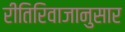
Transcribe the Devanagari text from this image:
रीतिरिवाजानुसार